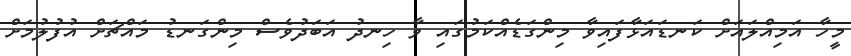
މީހާ އަމިއްލައަށް ކަނޑައަޅާފައިވާ މިންގަޑެއްކަމުގައި ވާ ހިނދު އަބަދުވެސް މިންގަނޑު މައްޗަށް އުފުލުމަށް